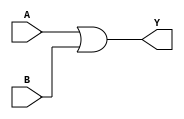
module alu_OR(A,B,Y);

input [31:0] A,B;
output wire [31:0] Y;
     
assign Y = A|B;
     
     
     endmodule